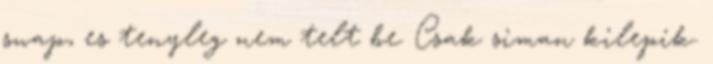
swap, es tenyleg nem telt be. Csak siman kilepik.